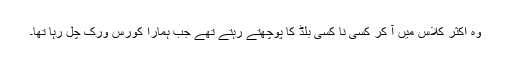
وہ اکثر کلاس میں آ کر کسی نا کسی بلڈ کا پوچھتے رہتے تھے جب ہمارا کورس ورک چل رہا تھا۔